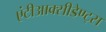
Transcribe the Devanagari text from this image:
एंटीआक्सीडेण्ट्स